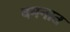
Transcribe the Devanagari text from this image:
वमनात